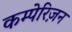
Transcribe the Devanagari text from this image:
कम्पेरिज़न